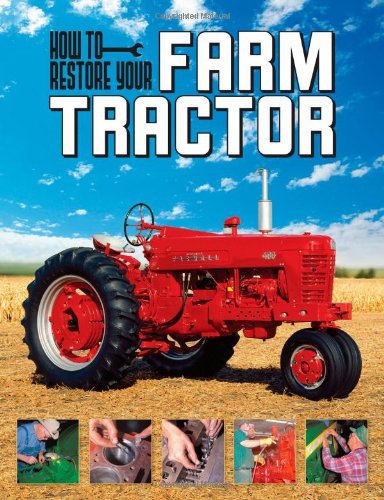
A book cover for How To Restore Your Farm Tractor; Tharran E Gaines; Engineering & Transportation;